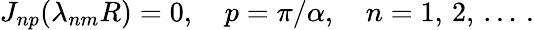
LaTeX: J_{np}(\lambda_{nm}R)=0,\quad p=\pi/\alpha,\quad n=1,\, 2,\, \ldots\, {.}